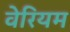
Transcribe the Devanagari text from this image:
वेरियम